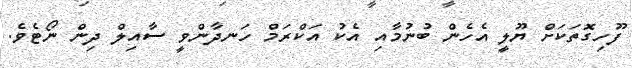
ފޫހިގޮތަކަށް ޔޫލީ އެހެން ބުނުމާއި އެކު އަކްރަމް ހަނދާންވީ ސާއިލް ދިން ނޯޓެވެ.